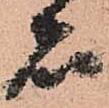
者